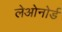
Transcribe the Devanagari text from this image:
लेओनोर्ड